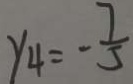
y _ { 4 } = - \frac { 7 } { 5 }